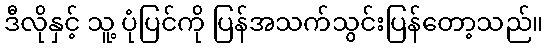
ဒီလိုနှင့် သူ့ ပုံပြင်ကို ပြန်အသက်သွင်းပြန်တော့သည်။